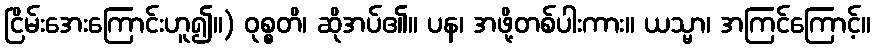
ငြိမ်းအေးကြောင်းဟူ၍။) ဝုစ္စတိ၊ ဆိုအပ်၏။ ပန၊ အဖို့တစ်ပါးကား။ ယသ္မာ၊ အကြင်ကြောင့်။